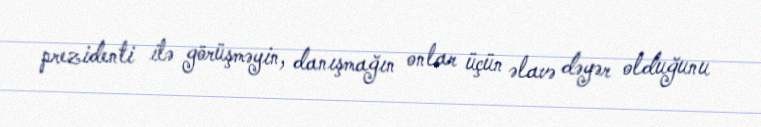
prezidenti ilə görüşməyin, danışmağın onlar üçün əlavə dəyər olduğunu